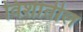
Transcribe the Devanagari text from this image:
विशीतील